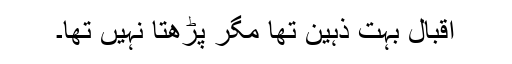
اقبال بہت ذہین تھا مگر پڑھتا نہیں تھا۔